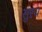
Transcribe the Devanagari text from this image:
सुऱय